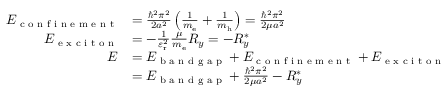
{ \begin{array} { r l } { E _ { \textrm { c o n f i n e m e n t } } } & { = { \frac { \hbar ^ { 2 } \pi ^ { 2 } } { 2 a ^ { 2 } } } \left( { \frac { 1 } { m _ { \mathrm { { e } } } } } + { \frac { 1 } { m _ { \mathrm { { h } } } } } \right) = { \frac { \hbar ^ { 2 } \pi ^ { 2 } } { 2 \mu a ^ { 2 } } } } \\ { E _ { \textrm { e x c i t o n } } } & { = - { \frac { 1 } { \varepsilon _ { \mathrm { { r } } } ^ { 2 } } } { \frac { \mu } { m _ { \mathrm { { e } } } } } R _ { y } = - R _ { y } ^ { * } } \\ { E } & { = E _ { \textrm { b a n d g a p } } + E _ { \textrm { c o n f i n e m e n t } } + E _ { \textrm { e x c i t o n } } } \\ & { = E _ { \textrm { b a n d g a p } } + { \frac { \hbar ^ { 2 } \pi ^ { 2 } } { 2 \mu a ^ { 2 } } } - R _ { y } ^ { * } } \end{array} }